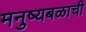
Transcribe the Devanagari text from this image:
मनुष्यबळाची